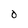
Character: O